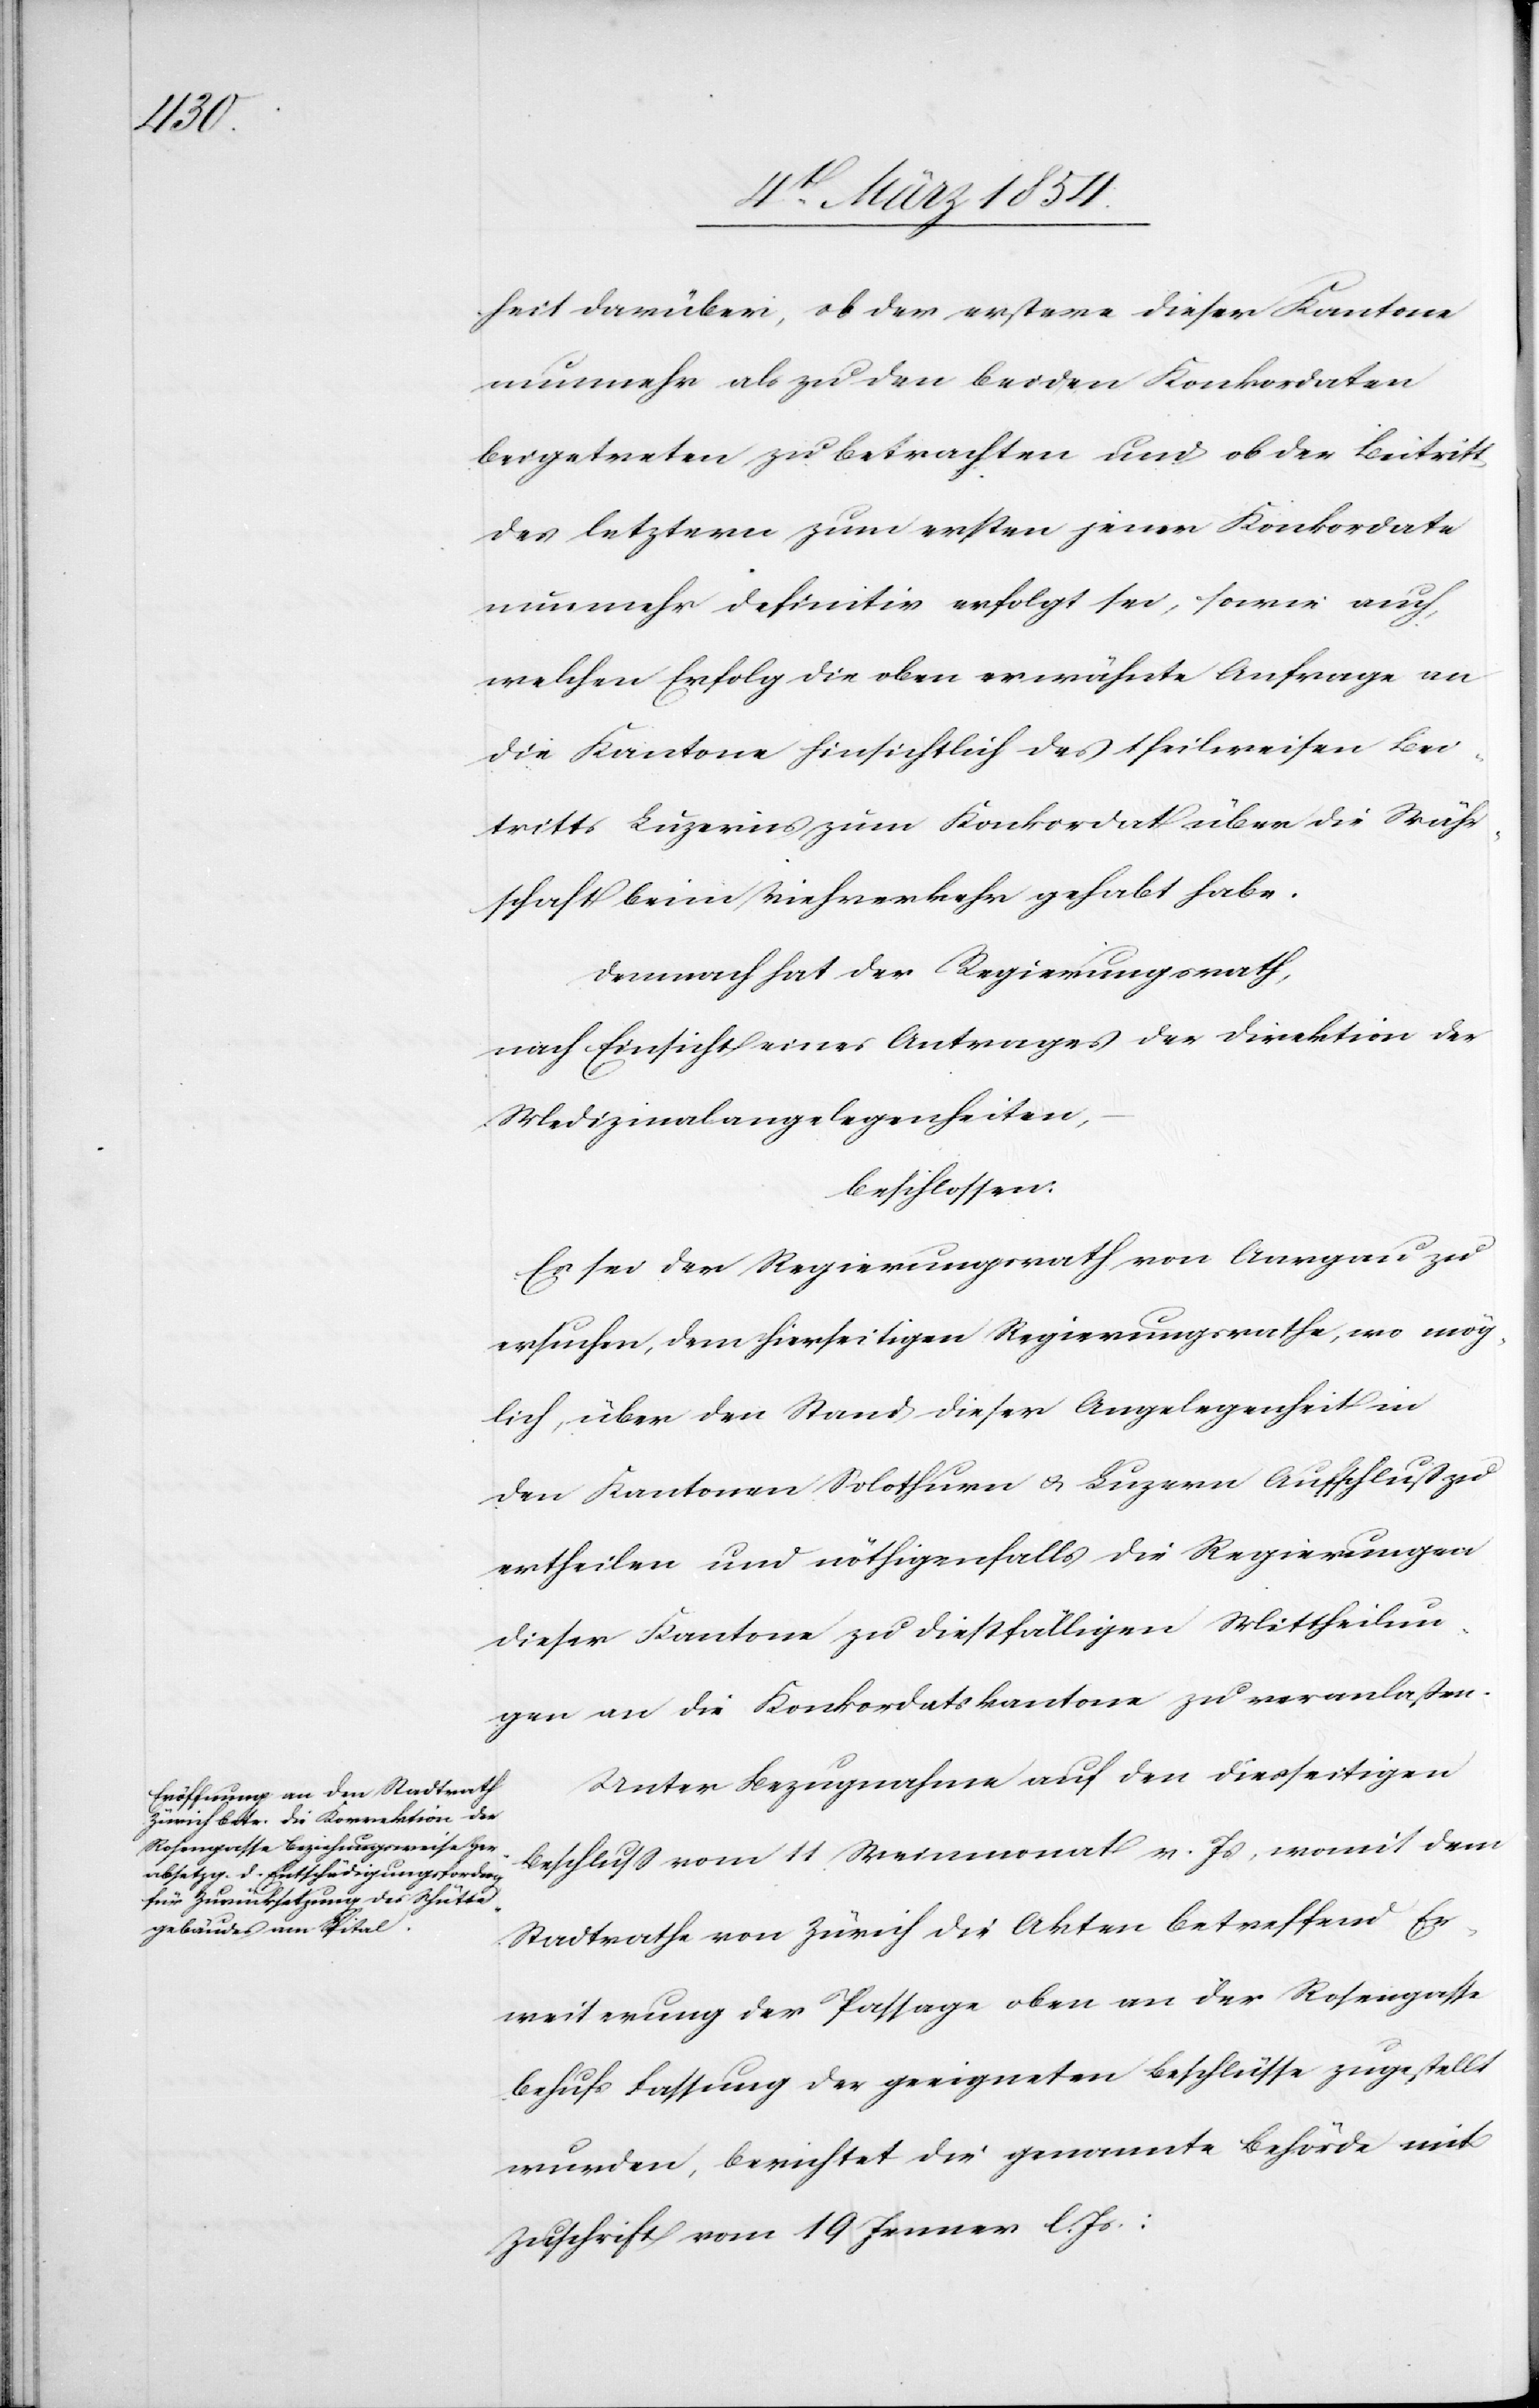
heit darüber, ob der erstere dieser Kantone
nunmehr als zu den beiden Konkordaten
beigetreten zu betrachten und ob der Beitritt
des letztern zum ersten jener Konkordate
nunmehr definitiv erfolgt sei, sowie auch,
welchen Erfolg die oben erwähnte Anfrage an
die Kantone hinsichtlich des theilweisen Bei¬
tritts Luzerns zum Konkordat über die Währ¬
schaft beim Viehverkehr gehabt habe.
Demnach hat der Regierungsrath,
nach Einsicht eines Antrages der Direktion der
Medizinalangelegenheiten,
beschlossen:
Es sei der Regierungsrath von Aargau zu
ersuchen, dem hierseitigen Regierungsrathe, wo mög¬
lich, über den Stand dieser Angelegenheit in
den Kantonen Solothurn u. Luzern Aufschluß zu
ertheilen und nöthigenfalls die Regierungen
dieser Kantone zu dießfälligen Mittheilun¬
gen an die Konkordatskantone zu veranlaßen.
Unter Bezugnahme auf den diesseitigen
Beschluß vom 11 Weinmonat v. Js, womit dem
Stadtrathe von Zürich die Akten betreffend Er¬
weiterung der Passage oben an der Rosengasse
behufs Fassung der geeigneten Beschlüsse zugestellt
wurden, berichtet die genannte Behörde mit
Zuschrift vom 19 Jenner l. Js.: